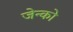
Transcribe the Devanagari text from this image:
जेन्को